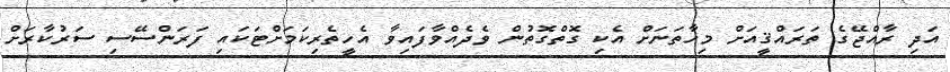
އަދި ރާއްޖޭގެ ތަރައްޤީއަށް މިހާތަނަށް އެކި ގޮތްގޮތުން ވެދެއްވާފައިވާ އެހީތެރިކަމަށްޓަކައި ފަރަންސޭސި ސަރުކާރަށް